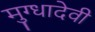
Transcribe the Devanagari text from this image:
मुग्धादेवी